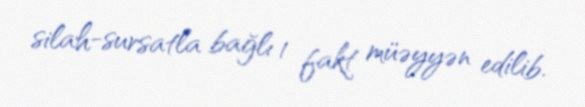
silah-sursatla bağlı 1 fakt müəyyən edilib.